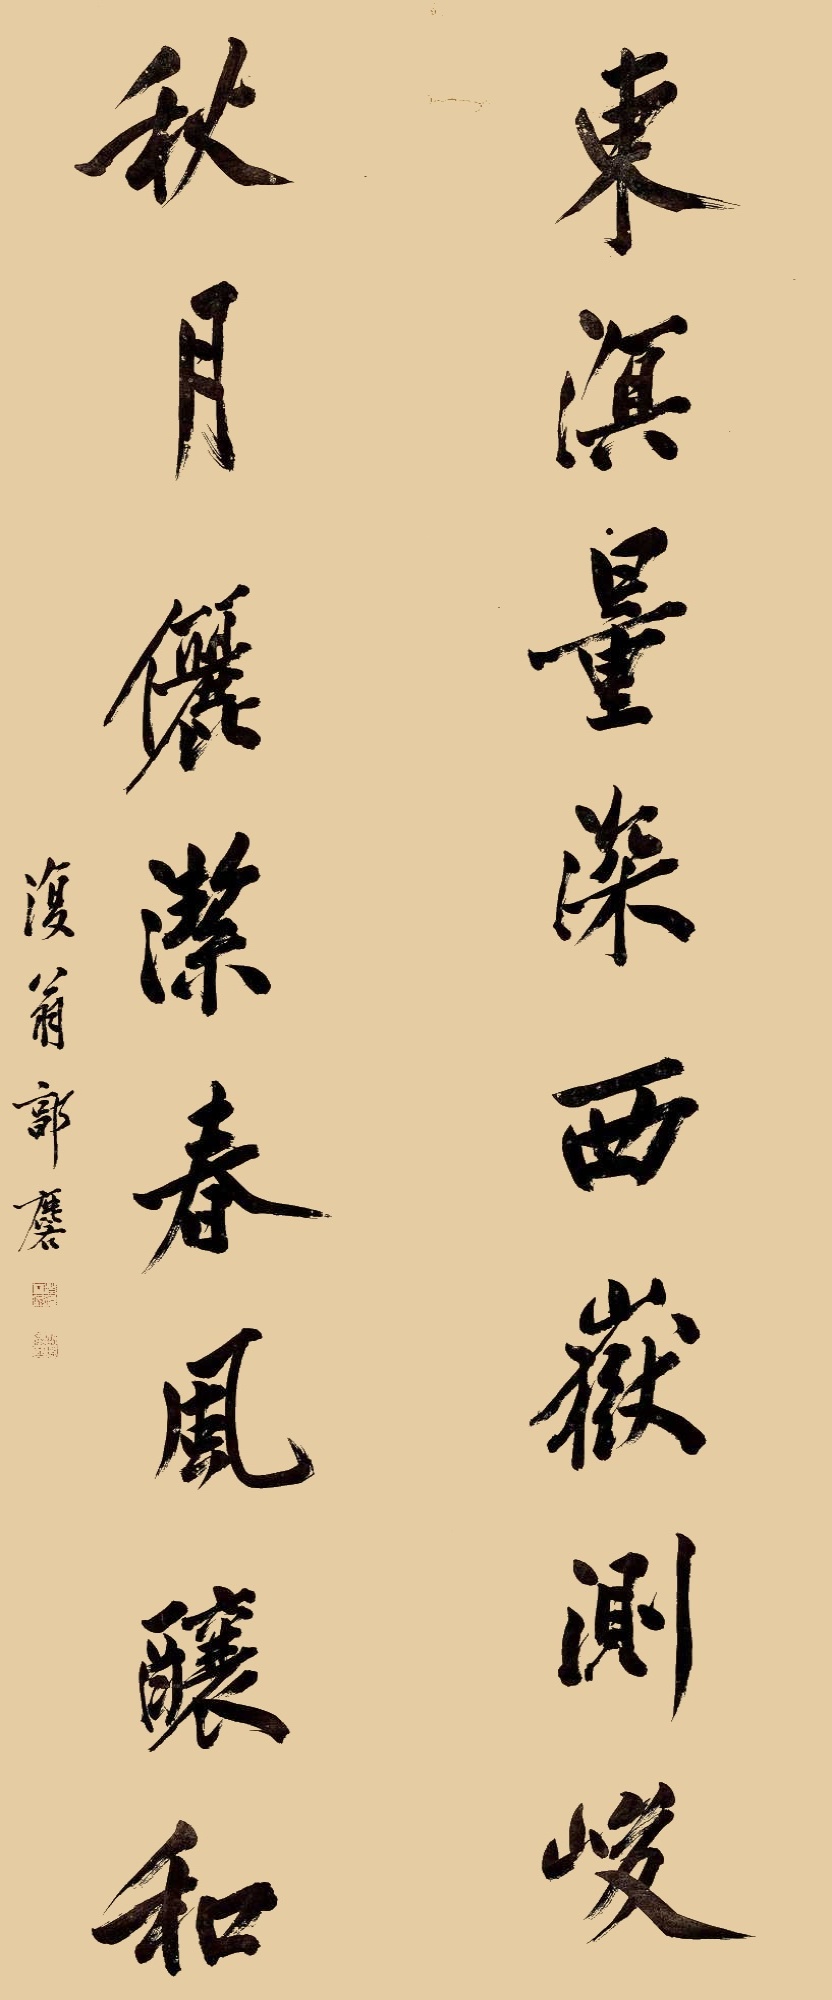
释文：东溟量深西岳测峻，秋月俪洁春风酿和。复翁郭麐。